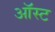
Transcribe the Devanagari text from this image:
ऑस्ट